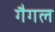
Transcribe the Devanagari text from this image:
गैगल